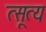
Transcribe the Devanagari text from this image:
त्सूत्य